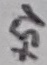
Text: +5V